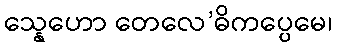
သ္နေဟော တေလေ’ဓိကပ္ပေမေ၊